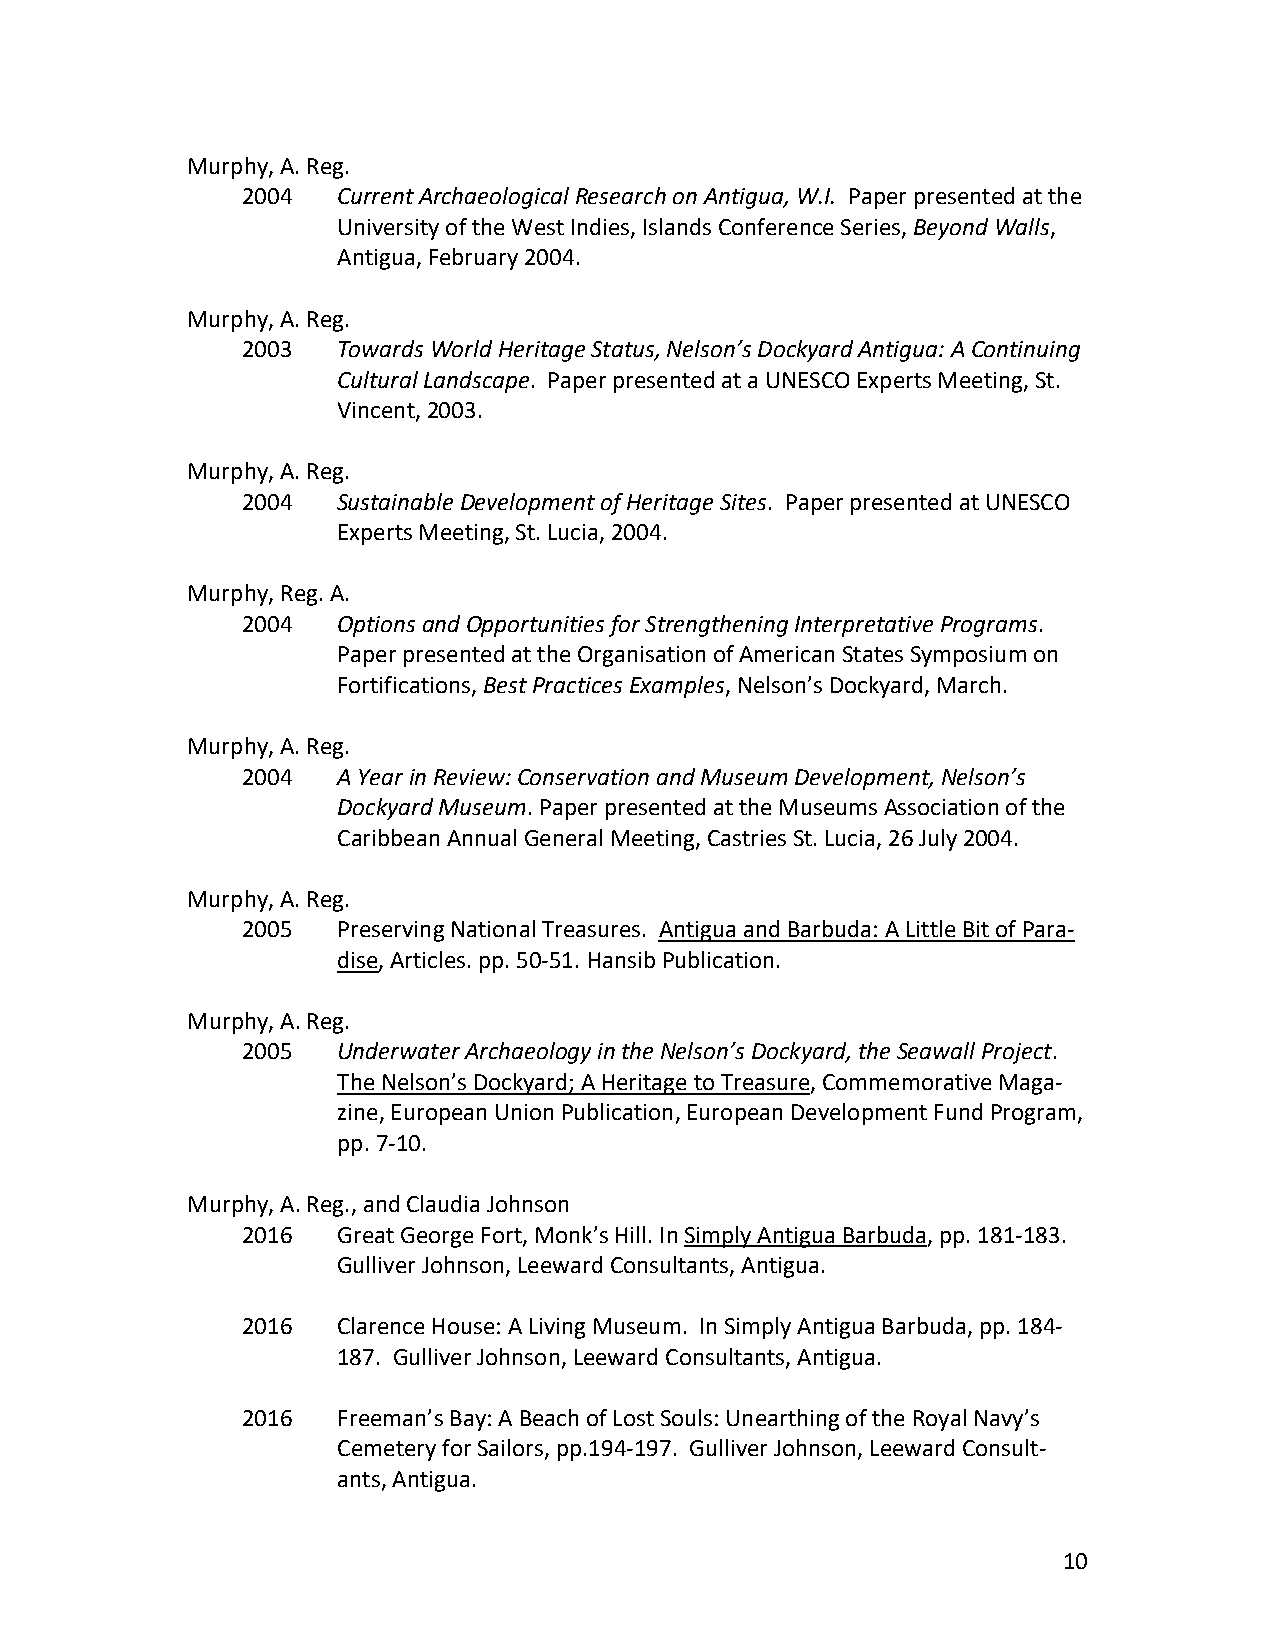
Murphy, A. Reg.
 2004  Current Archaeological Research on Antigua, W.I. Paper presented at the
 University of the West Indies, Islands Conference Series, Beyond Walls,
 Antigua, February 2004.
 Murphy, A. Reg.
 2003  Towards World Heritage Status, Nelson’s Dockyard Antigua: A Continuing
 Cultural Landscape. Paper presented at a UNESCO Experts Meeting, St.
 Vincent, 2003.
 Murphy, A. Reg.
 2004  Sustainable Development of Heritage Sites. Paper presented at UNESCO
 Experts Meeting, St. Lucia, 2004.
 Murphy, Reg. A.
 2004  Options and Opportunities for Strengthening Interpretative Programs.
 Paper presented at the Organisation of American States Symposium on
 Fortifications, Best Practices Examples, Nelson’s Dockyard, March.
 Murphy, A. Reg.
 2004  A Year in Review: Conservation and Museum Development, Nelson’s
 Dockyard Museum. Paper presented at the Museums Association of the
 Caribbean Annual General Meeting, Castries St. Lucia, 26 July 2004.
 Murphy, A. Reg.
 2005  Preserving National Treasures. Antigua and Barbuda: A Little Bit of Para-
 dise, Articles. pp. 50-51. Hansib Publication.
 Murphy, A. Reg.
 2005  Underwater Archaeology in the Nelson’s Dockyard, the Seawall Project.
 The Nelson’s Dockyard; A Heritage to Treasure, Commemorative Maga-
 zine, European Union Publication, European Development Fund Program,
 pp. 7-10.
 Murphy, A. Reg., and Claudia Johnson
 2016  Great George Fort, Monk’s Hill. In Simply Antigua Barbuda, pp. 181-183.
 Gulliver Johnson, Leeward Consultants, Antigua.
 2016  Clarence House: A Living Museum. In Simply Antigua Barbuda, pp. 184-
 187. Gulliver Johnson, Leeward Consultants, Antigua.
 2016  Freeman’s Bay: A Beach of Lost Souls: Unearthing of the Royal Navy’s
 Cemetery for Sailors, pp.194-197. Gulliver Johnson, Leeward Consult-
 ants, Antigua.
 10